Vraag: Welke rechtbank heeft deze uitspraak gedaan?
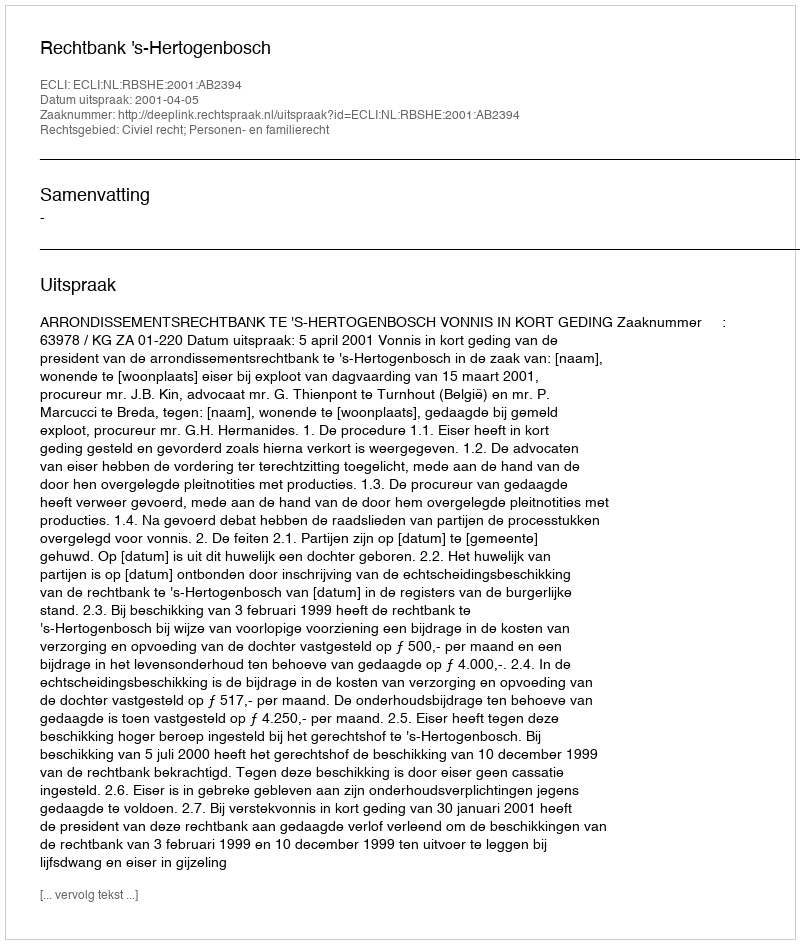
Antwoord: Rechtbank 's-Hertogenbosch